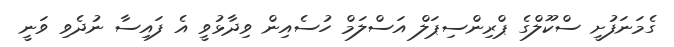
ގެމަނަފުށީ ސްކޫލްގެ ޕްރިންސިޕަލް އަސްލަމް ހުސެއިން ވިދާޅުވީ އެ ފައިސާ ނުދެވި ވަނީ